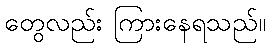
တွေလည်း ကြားနေရသည်။